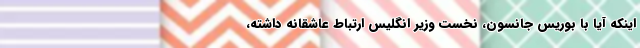
اینکه آیا با بوریس جانسون، نخست وزیر انگلیس ارتباط عاشقانه داشته،